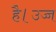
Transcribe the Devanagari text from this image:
है।उच्च